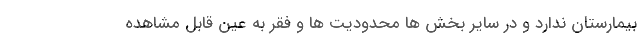
بیمارستان ندارد و در سایر بخش ها محدودیت ها و فقر به عین قابل مشاهده